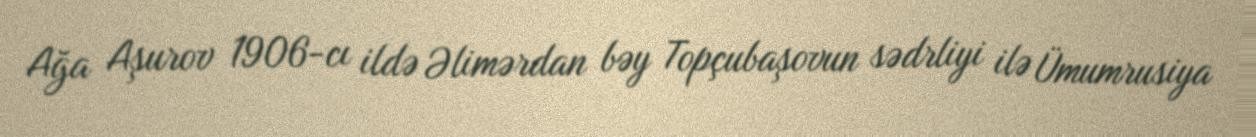
Ağa Aşurov 1906-cı ildə Əlimərdan bəy Topçubaşovun sədrliyi ilə Ümumrusiya